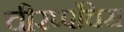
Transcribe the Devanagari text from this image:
चीरप्पंचिरा